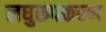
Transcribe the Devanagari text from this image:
लघुरूपकरण